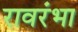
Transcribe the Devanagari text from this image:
रावरंभा